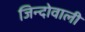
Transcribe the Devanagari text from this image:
जिन्दोवाली